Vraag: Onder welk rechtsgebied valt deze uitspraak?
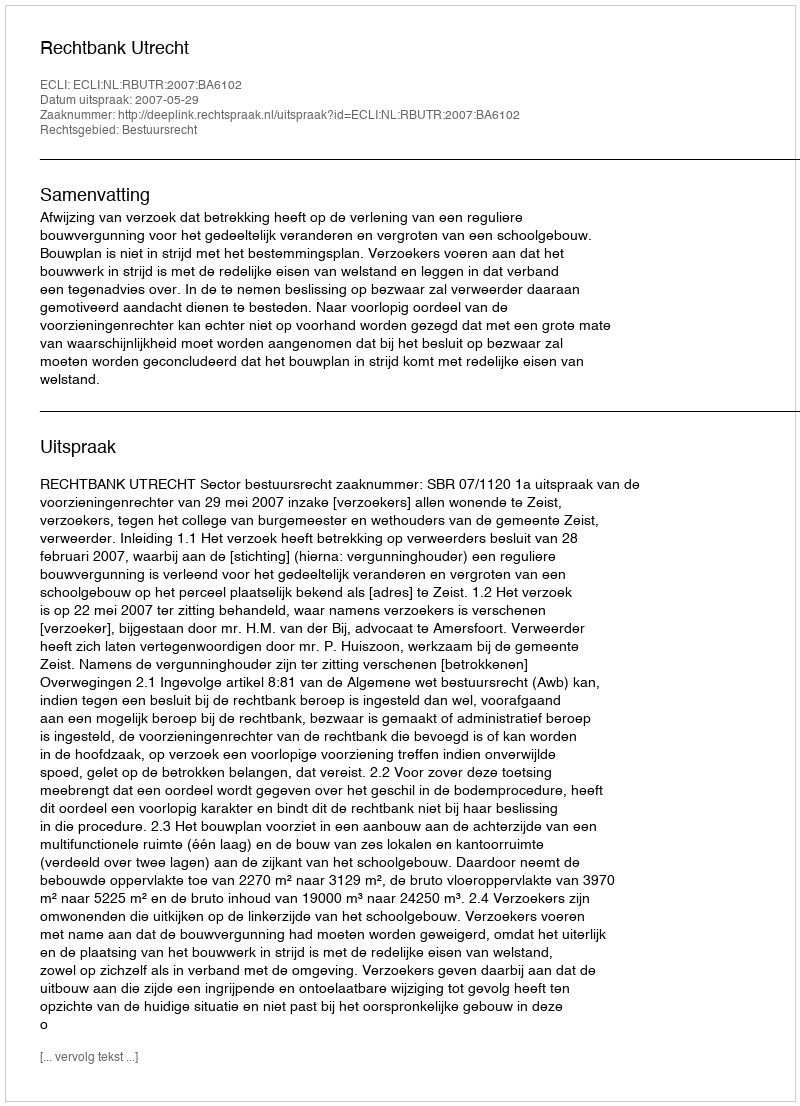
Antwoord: Bestuursrecht